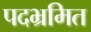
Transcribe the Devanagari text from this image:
पदभ्रमित